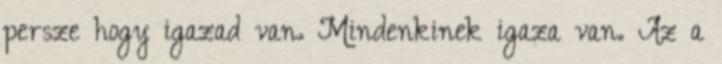
persze hogy igazad van. Mindenkinek igaza van. Az a